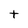
Character: t